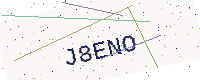
Text: J8ENO